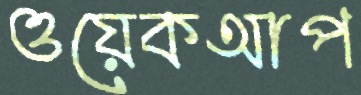
ওয়েকআপ